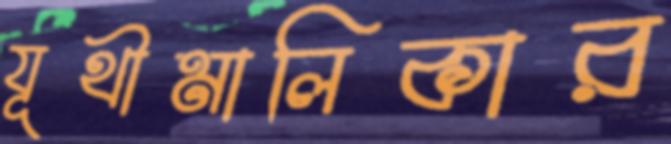
যূথীমালিকার